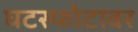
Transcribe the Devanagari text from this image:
घटस्फोटावर